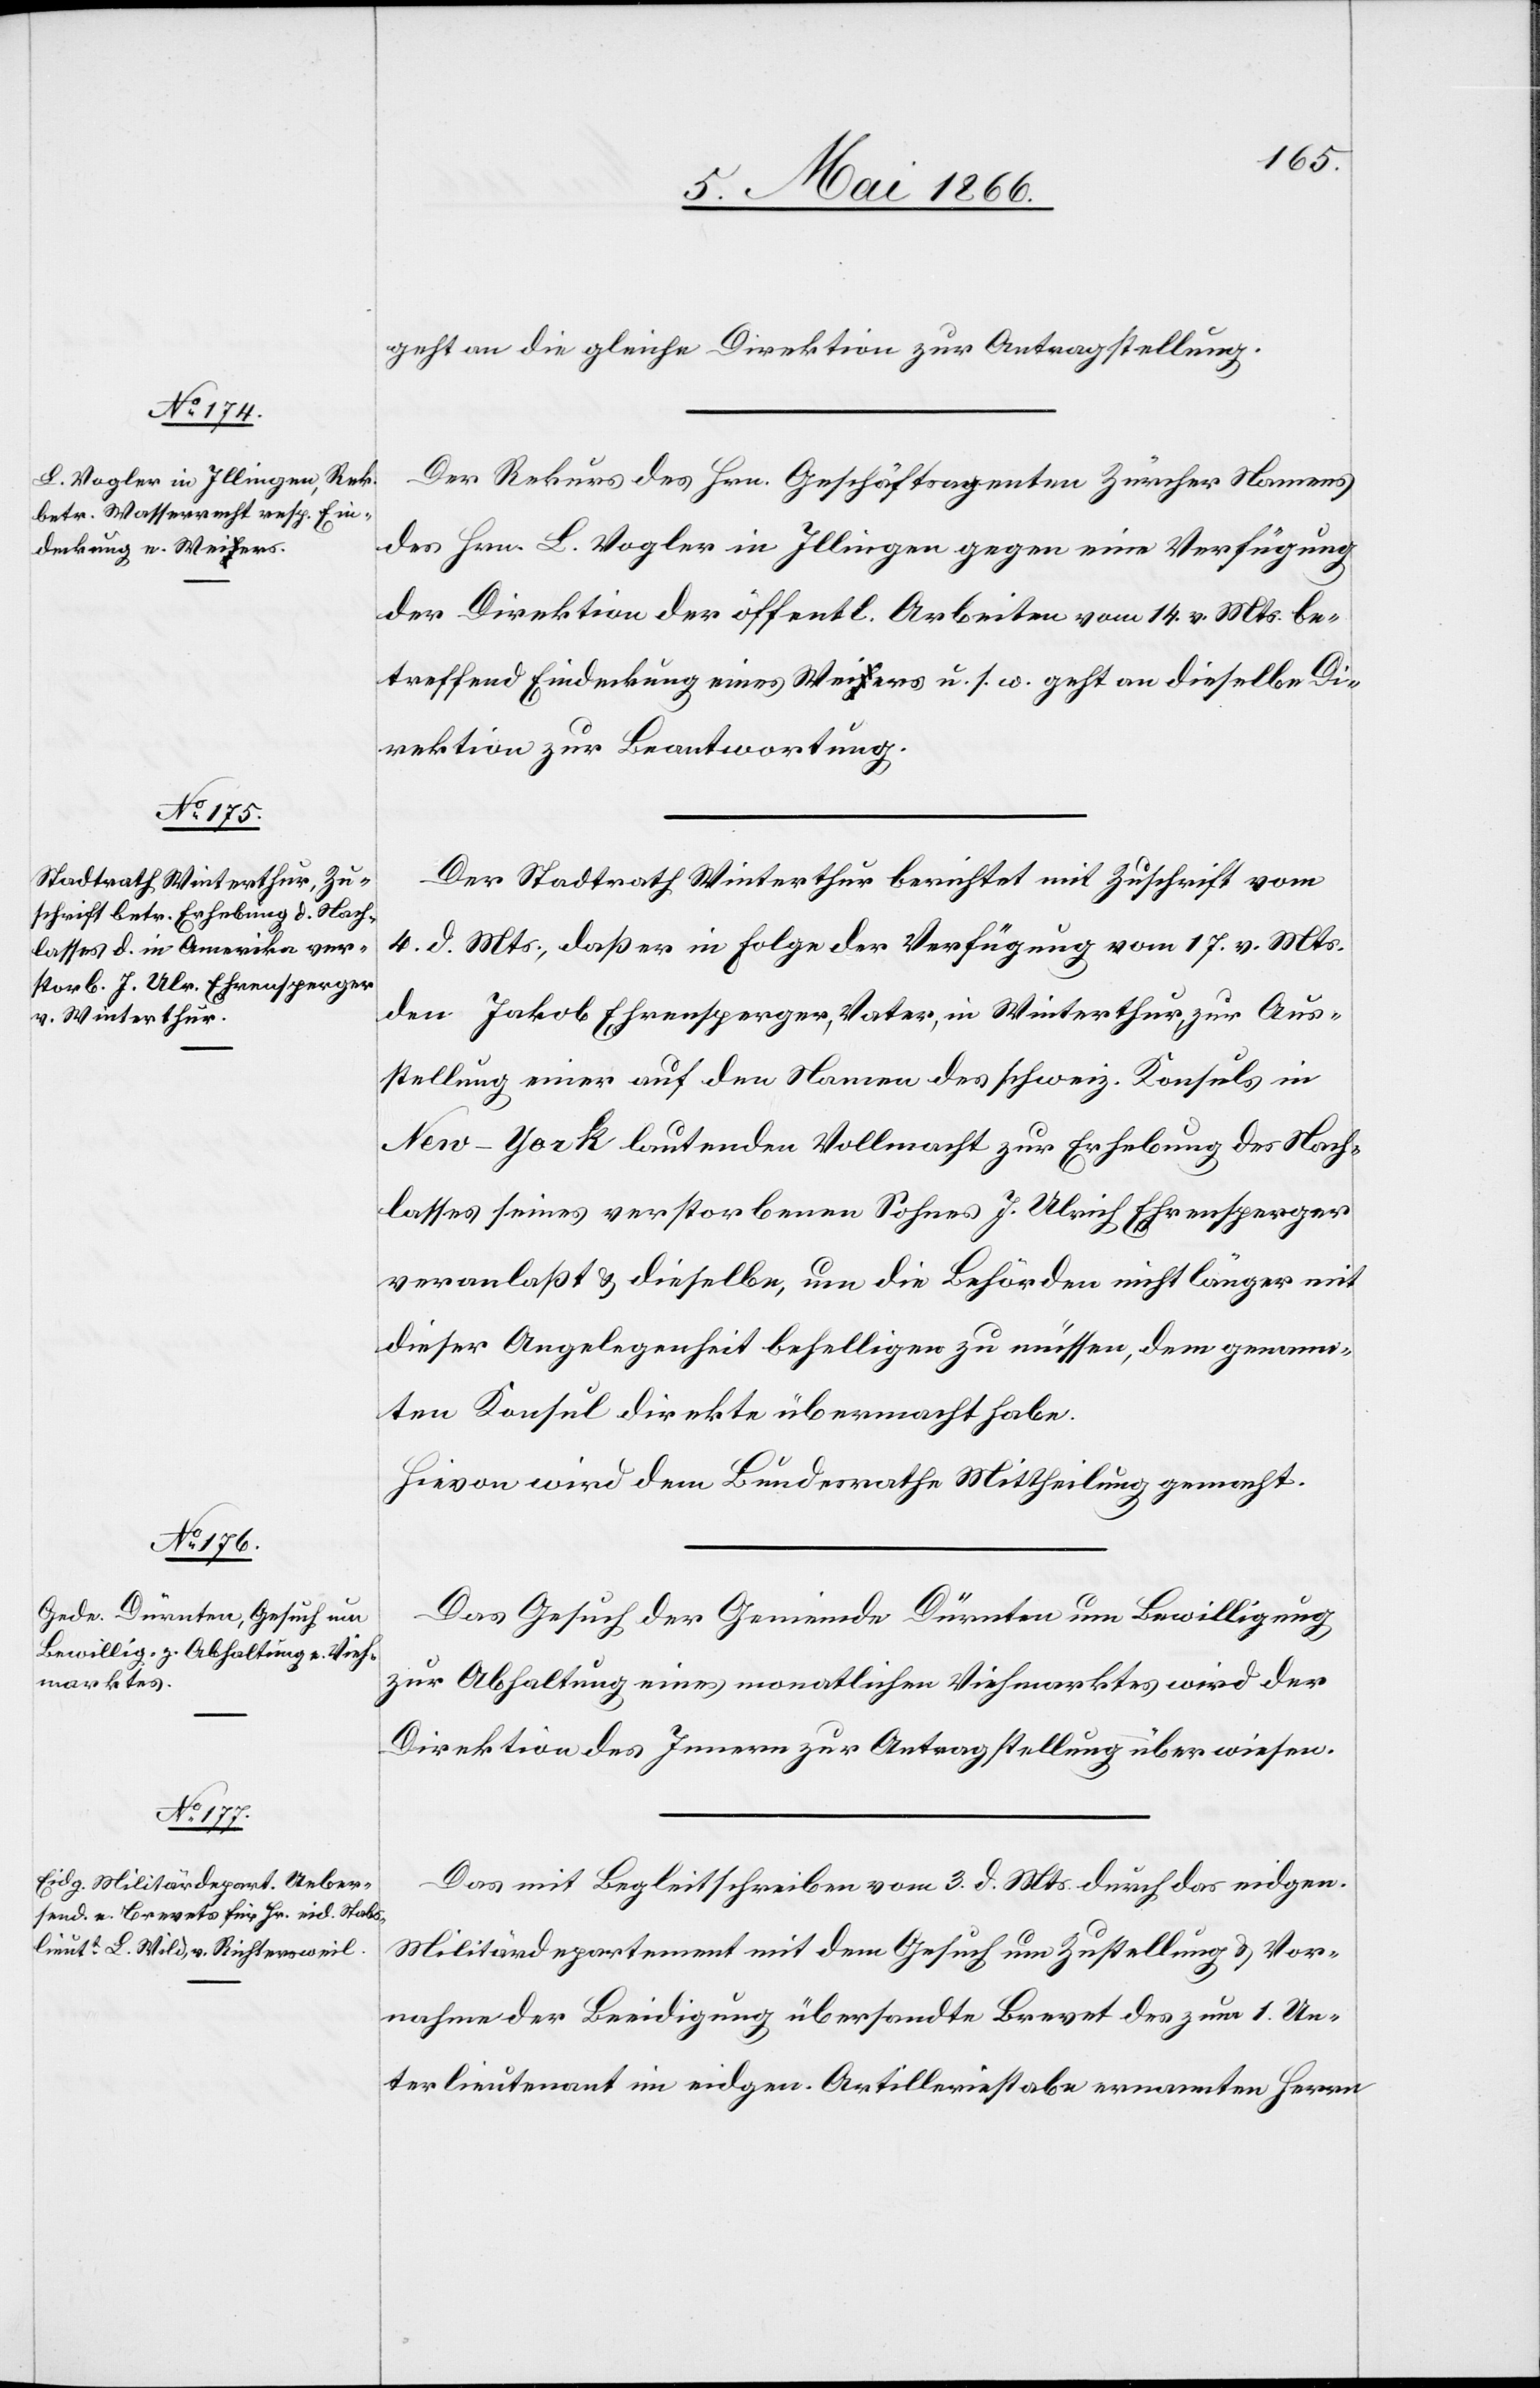
7. Mai 1866.]
geht an die gleiche Direktion zur Antragstellung.
Der Rekurs des Hrn. Geschäftsagenten Zürcher Namens
des Hrn. L. Vogler in Illingen gegen eine Verfügung
der Direktion der öffentl. Arbeiten vom 14. v. Mts. be¬
treffend Eindeckung eines Weiah-aers u. s. w. geht an dieselbe Di¬
rektion zur Beantwortung.
Der Stadtrath Winterthur berichtet mit Zuschrift vom
4. d. Mts., daß er in Folge der Verfügung vom 17. v. Mts.
den Jakob Ehrensperger, Vater, in Winterthur, zu Aus¬
stellung einer auf den Namen des schweiz. Konsuls in
New-York lautenden Vollmacht zur Erhebung des Nach¬
lasses seines verstorbenen Sohnes J. Ulrich Ehrensperger
veranlaßt u. dieselbe, um die Behörden nicht länger mit
dieser Angelegenheit behelligen zu müssen, dem genann¬
ten Konsul direkte übermacht habe.
Hievon wird dem Bundesrathe Mittheilung gemacht.
Das Gesuch der Gemeinde Dürnten um Bewilligung
zur Abhaltung eines monatlichen Viehmarktes wird der
Direktion des Innern zur Antragstellung überwiesen.
Das mit Begleitschreiben vom 3. d. Mts. durch das eidgen.
Militärdepartement mit dem Gesuch um Zustellung u. Vor¬
nahme der Beeidigung übersandte Brevet des zum 1. Un¬
terlieutenant im eidgen. Artilleriestabe ernannten Herrn